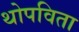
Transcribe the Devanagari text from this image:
थोपविता